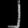
Digit: ၂